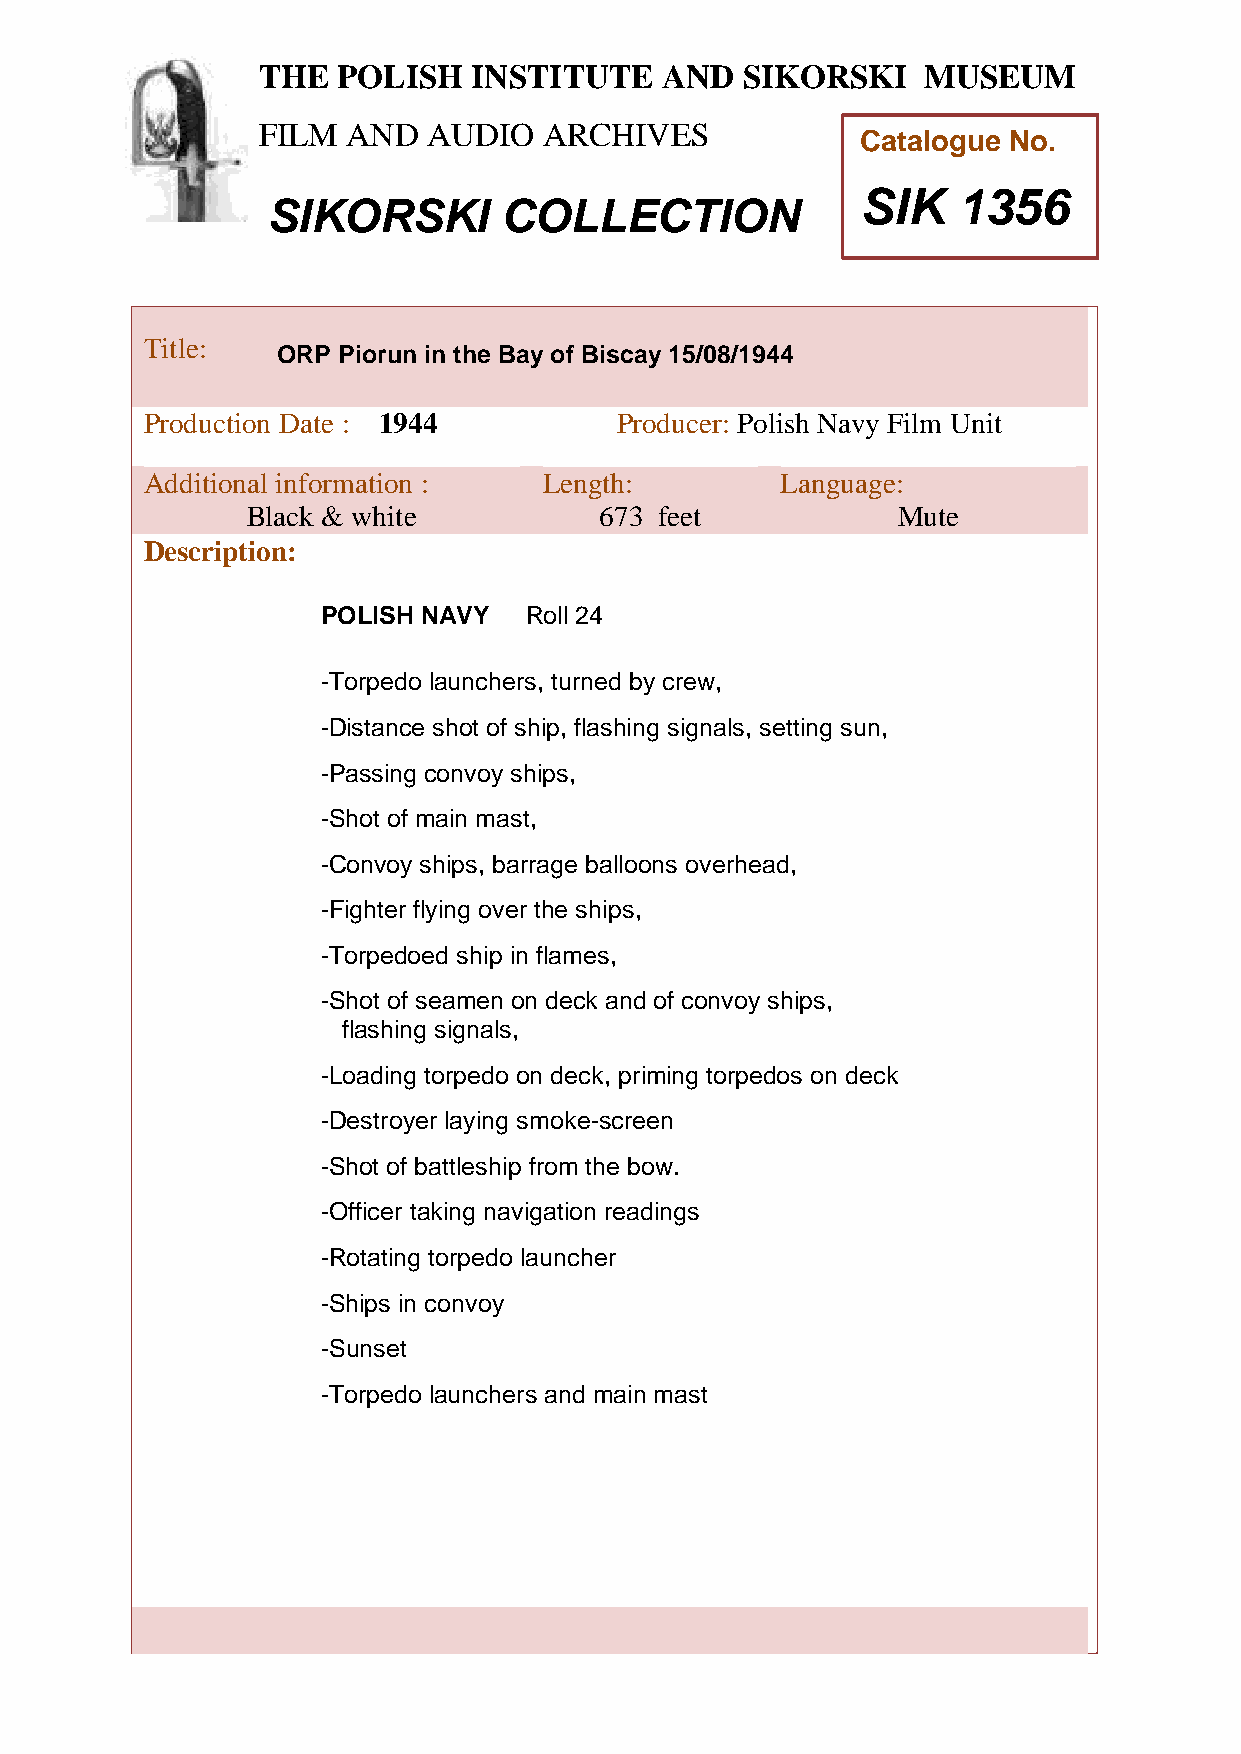
THE  POLISH   INSTITUTE    AND  SIKORSKI    MUSEUM
 FILM  AND  AUDIO   ARCHIVES
 Catalogue No.
 SIK   1356
 SIKORSKI       COLLECTION
 TTitle:
 ORP Piorun in the Bay of Biscay 15/08/1944
 h
 e
 Production Date : 1944          Producer: Polish Navy Film Unit
 P
 Additional information :   Length:         Language:
 o
 Bllack & white          673 feet           Mute
 i
 Description:
 s
 h
 PO LISH NAVY  Roll 24
 I
 n
 -Torpedo launchers, turned by crew,
 s
 t
 -Distance sihot of ship, flashing signals, setting sun,
 t
 -Passing convoy ships,
 u
 t
 -Shot of main mast,
 e
 -Convoy ships, barrage balloons overhead,
 a
 -Fighter flying over the snhips,
 -Torpedoed ship in flames, d
 -Shot of seamen on deck and of convoy ships,
 S
 i
 flashing signals,
 k
 -Loading torpedo on deck, priming torpedos on deck
 o
 r
 -Destroyer laying smoke-screen
 s
 -Shot of battleship from the bow. k
 i
 -Officer taking navigation readings
 M
 -Rotating torpedo launcher
 u
 -Ships in convoy
 s
 -Sunset                                    e
 u
 -Torpedo launchers and main mast
 m